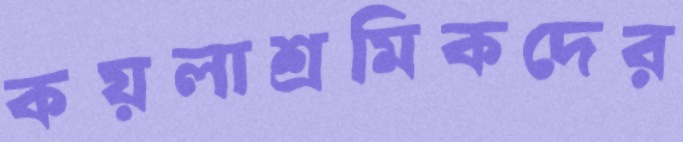
কয়লাশ্রমিকদের